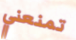
تمنعني